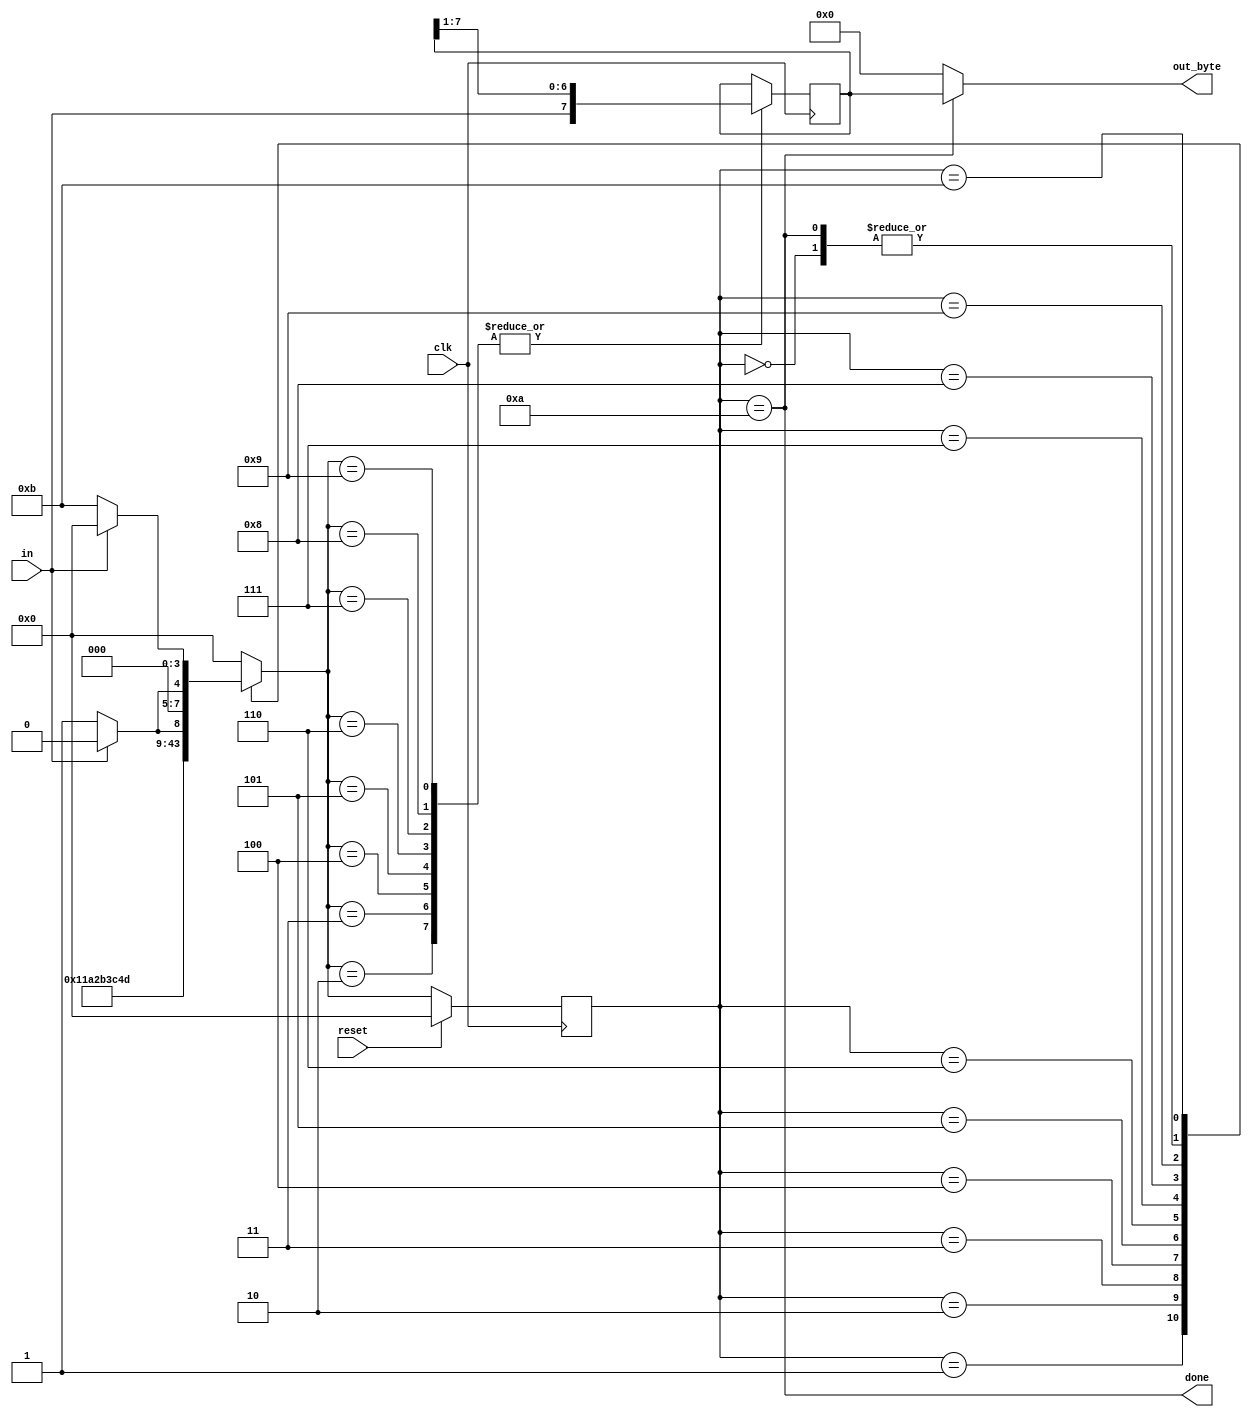
/*Now that you have a finite state machine that can identify when bytes are correctly received in a serial bitstream, add a datapath that will output the correctly-received data byte. out_byte needs to be valid when done is 1, and is don't-care otherwise.

Note that the serial protocol sends the least significant bit first.*/
module top_module(
    input clk,
    input in,
    input reset,    // Synchronous reset
    output [7:0] out_byte,
    output done
); //
    parameter [3:0] IDLE  = 4'd0;
    parameter [3:0] START = 4'd1;
    parameter [3:0] BIT1  = 4'd2;
    parameter [3:0] BIT2  = 4'd3;
    parameter [3:0] BIT3  = 4'd4;
    parameter [3:0] BIT4  = 4'd5;
    parameter [3:0] BIT5  = 4'd6;
    parameter [3:0] BIT6  = 4'd7;
    parameter [3:0] BIT7  = 4'd8;
    parameter [3:0] BIT8  = 4'd9;
    parameter [3:0] STOP  = 4'd10;
    parameter [3:0] ERROR  = 4'd11;
    reg [3:0] state,nstate;
    reg [7:0] data_r;
   
    always @(posedge clk)begin
        if(reset)begin
            state <= IDLE;
        end
        else begin
           state <= nstate; 
        end
    end
    
    always @(*)begin
       nstate = IDLE;
        case(state)
            IDLE: nstate = in? IDLE:START;
            START:nstate = BIT1;
            BIT1: nstate = BIT2;
            BIT2: nstate = BIT3;
            BIT3: nstate = BIT4;
            BIT4: nstate = BIT5;
            BIT5: nstate = BIT6;
            BIT6: nstate = BIT7;
            BIT7: nstate = BIT8;
            BIT8: nstate = in? STOP:ERROR;
            STOP: nstate = in? IDLE:START;
            ERROR: nstate = in? IDLE:ERROR;
            default: nstate = IDLE;
        endcase
    end

    always @(posedge clk)begin
        case(nstate)
            BIT1: data_r <= {in,data_r[7:1]};
            BIT2: data_r <= {in,data_r[7:1]};
            BIT3: data_r <= {in,data_r[7:1]};
            BIT4: data_r <= {in,data_r[7:1]};
            BIT5: data_r <= {in,data_r[7:1]};
            BIT6: data_r <= {in,data_r[7:1]};
            BIT7: data_r <= {in,data_r[7:1]};
            BIT8: data_r <= {in,data_r[7:1]}; 
        endcase
    end
   
    assign done = (state == STOP);
    assign out_byte = (state == STOP)? data_r:0;
endmodule